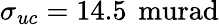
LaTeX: \sigma_{uc}=14.5\, \mathrm{\ murad}